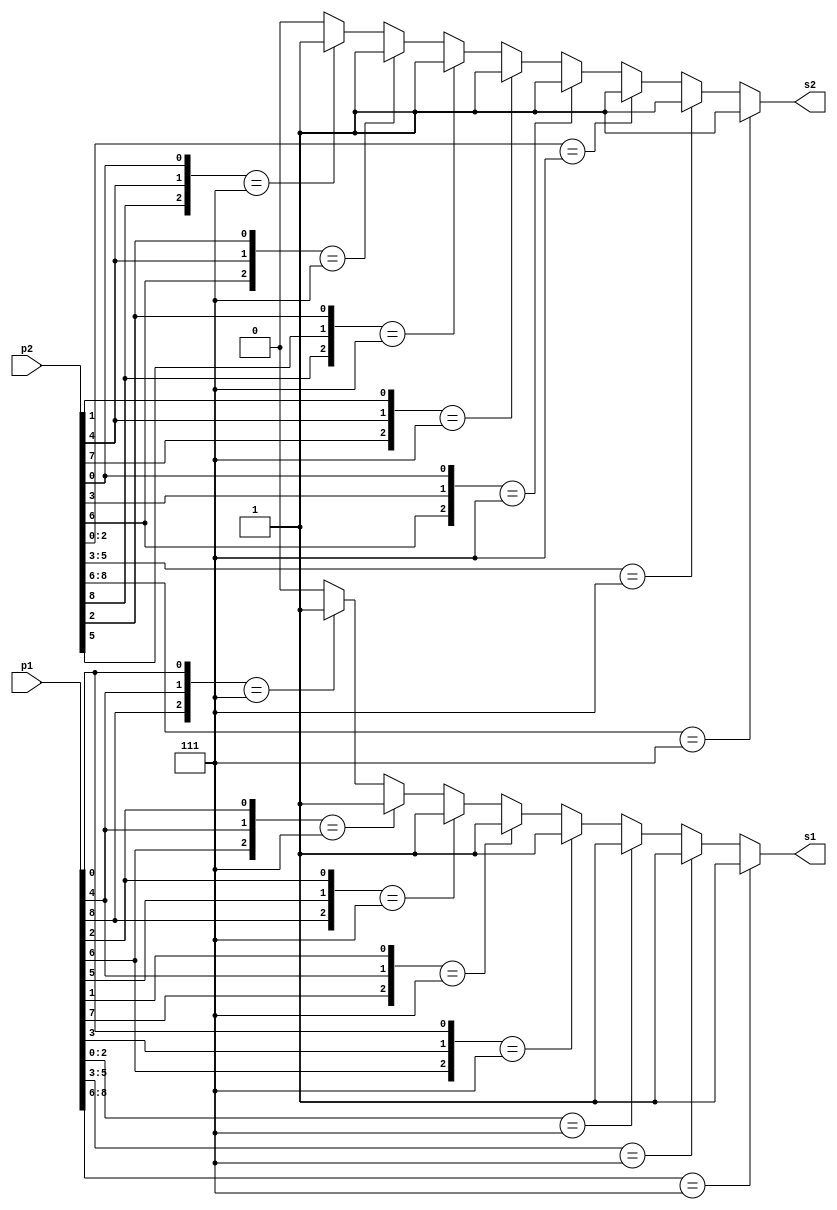
module winner_case(p1,p2,s1,s2);//p1=player1, p2=player2, s=result
			input[0:8] p1,p2;//9 position, 0-2 from top left to right, 3-5 from middle left to right, 6-8 from bottom left to right
			output reg s1,s2;
			
			always @(*)
			begin
			
			//start with 00, so winner not decided before the game
			
			casex(p1)//case for player 1
					9'b111xxxxxx: s1 = 1'b1;//rows
					9'bxxx111xxx: s1 = 1'b1;//rows
					9'bxxxxxx111: s1 = 1'b1;//rows
               				9'bxx1xx1xx1: s1 = 1'b1;//columns
					9'bx1xx1xx1x: s1 = 1'b1;//columns
					9'b1xx1xx1xx: s1 = 1'b1;//columns
               				9'bxx1x1x1xx: s1 = 1'b1;//diagonals
					9'b1xxx1xxx1: s1 = 1'b1;//diagonals
					default: s1 = 1'b0;
			endcase
			
			casex(p2)//case for player 2
					9'b111xxxxxx: s2 = 1'b1;//rows
					9'bxxx111xxx: s2 = 1'b1;//rows
					9'bxxxxxx111: s2 = 1'b1;//rows
               				9'bxx1xx1xx1: s2 = 1'b1;//columns
					9'bx1xx1xx1x: s2 = 1'b1;//columns
					9'b1xx1xx1xx: s2 = 1'b1;//columns
               				9'bxx1x1x1xx: s2 = 1'b1;//diagonals
					9'b1xxx1xxx1: s2 = 1'b1;//diagonals
					default: s2 = 1'b0;
			endcase
		end
		
endmodule